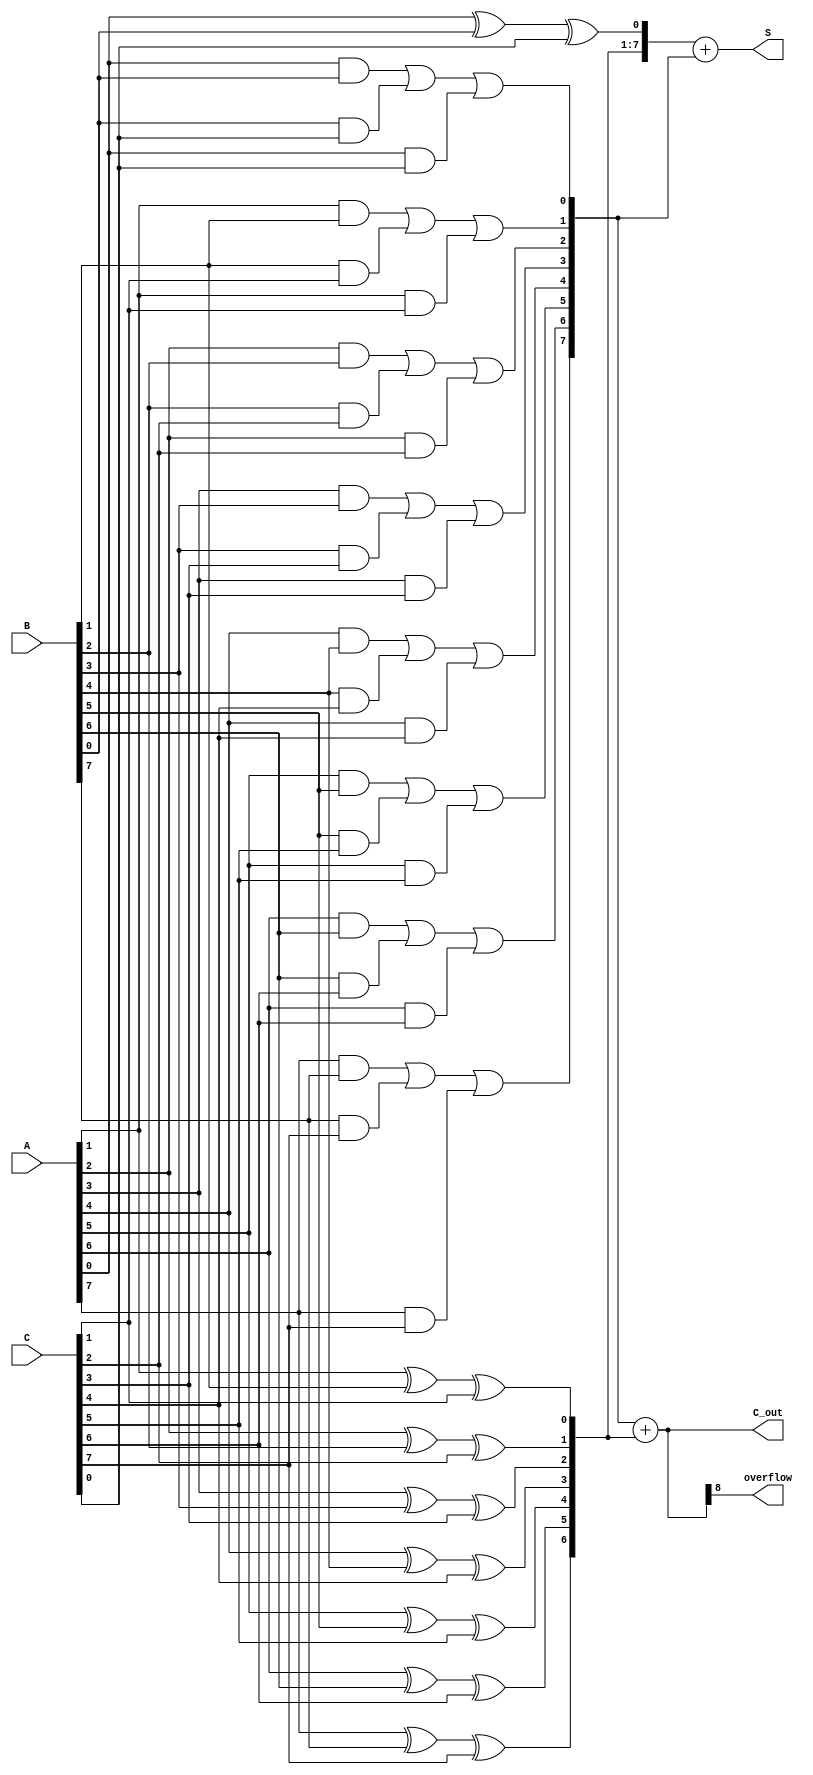
module ModifiedCarrySaveAdder #(parameter N = 8) (
    input [N-1:0] A,      // First operand
    input [N-1:0] B,      // Second operand
    input [N-1:0] C,      // Third operand
    output [N-1:0] S,     // Final sum output
    output [N:0] C_out,   // Final carry output (N+1 bits for overflow)
    output overflow        // Overflow flag
);

    // Intermediate partial sums and carries
    wire [N-1:0] sum;      // Partial sum output
    wire [N-1:0] carry;    // Partial carry output

    // Generate partial sums and carries
    genvar i;
    generate
        for (i = 0; i < N; i = i + 1) begin : CSA
            assign sum[i] = A[i] ^ B[i] ^ C[i]; // Sum for the ith bit
            assign carry[i] = (A[i] & B[i]) | (B[i] & C[i]) | (A[i] & C[i]); // Carry for the ith bit
        end
    endgenerate

    // Final addition stage: Combine partial sums and carries
    wire [N-1:0] final_sum;
    wire [N:0] final_carry;

    // Using a simple Ripple Carry Adder for the final addition
    assign final_sum = sum + {carry[N-1], carry[N-2:0]}; // Adding carry to the sum
    assign final_carry = carry + {1'b0, sum[N-1:1]}; // Adjusting carry for final output

    // Final outputs
    assign S = final_sum;
    assign C_out = final_carry; // Final carry output
    assign overflow = final_carry[N]; // Overflow flag if there's an overflow

endmodule